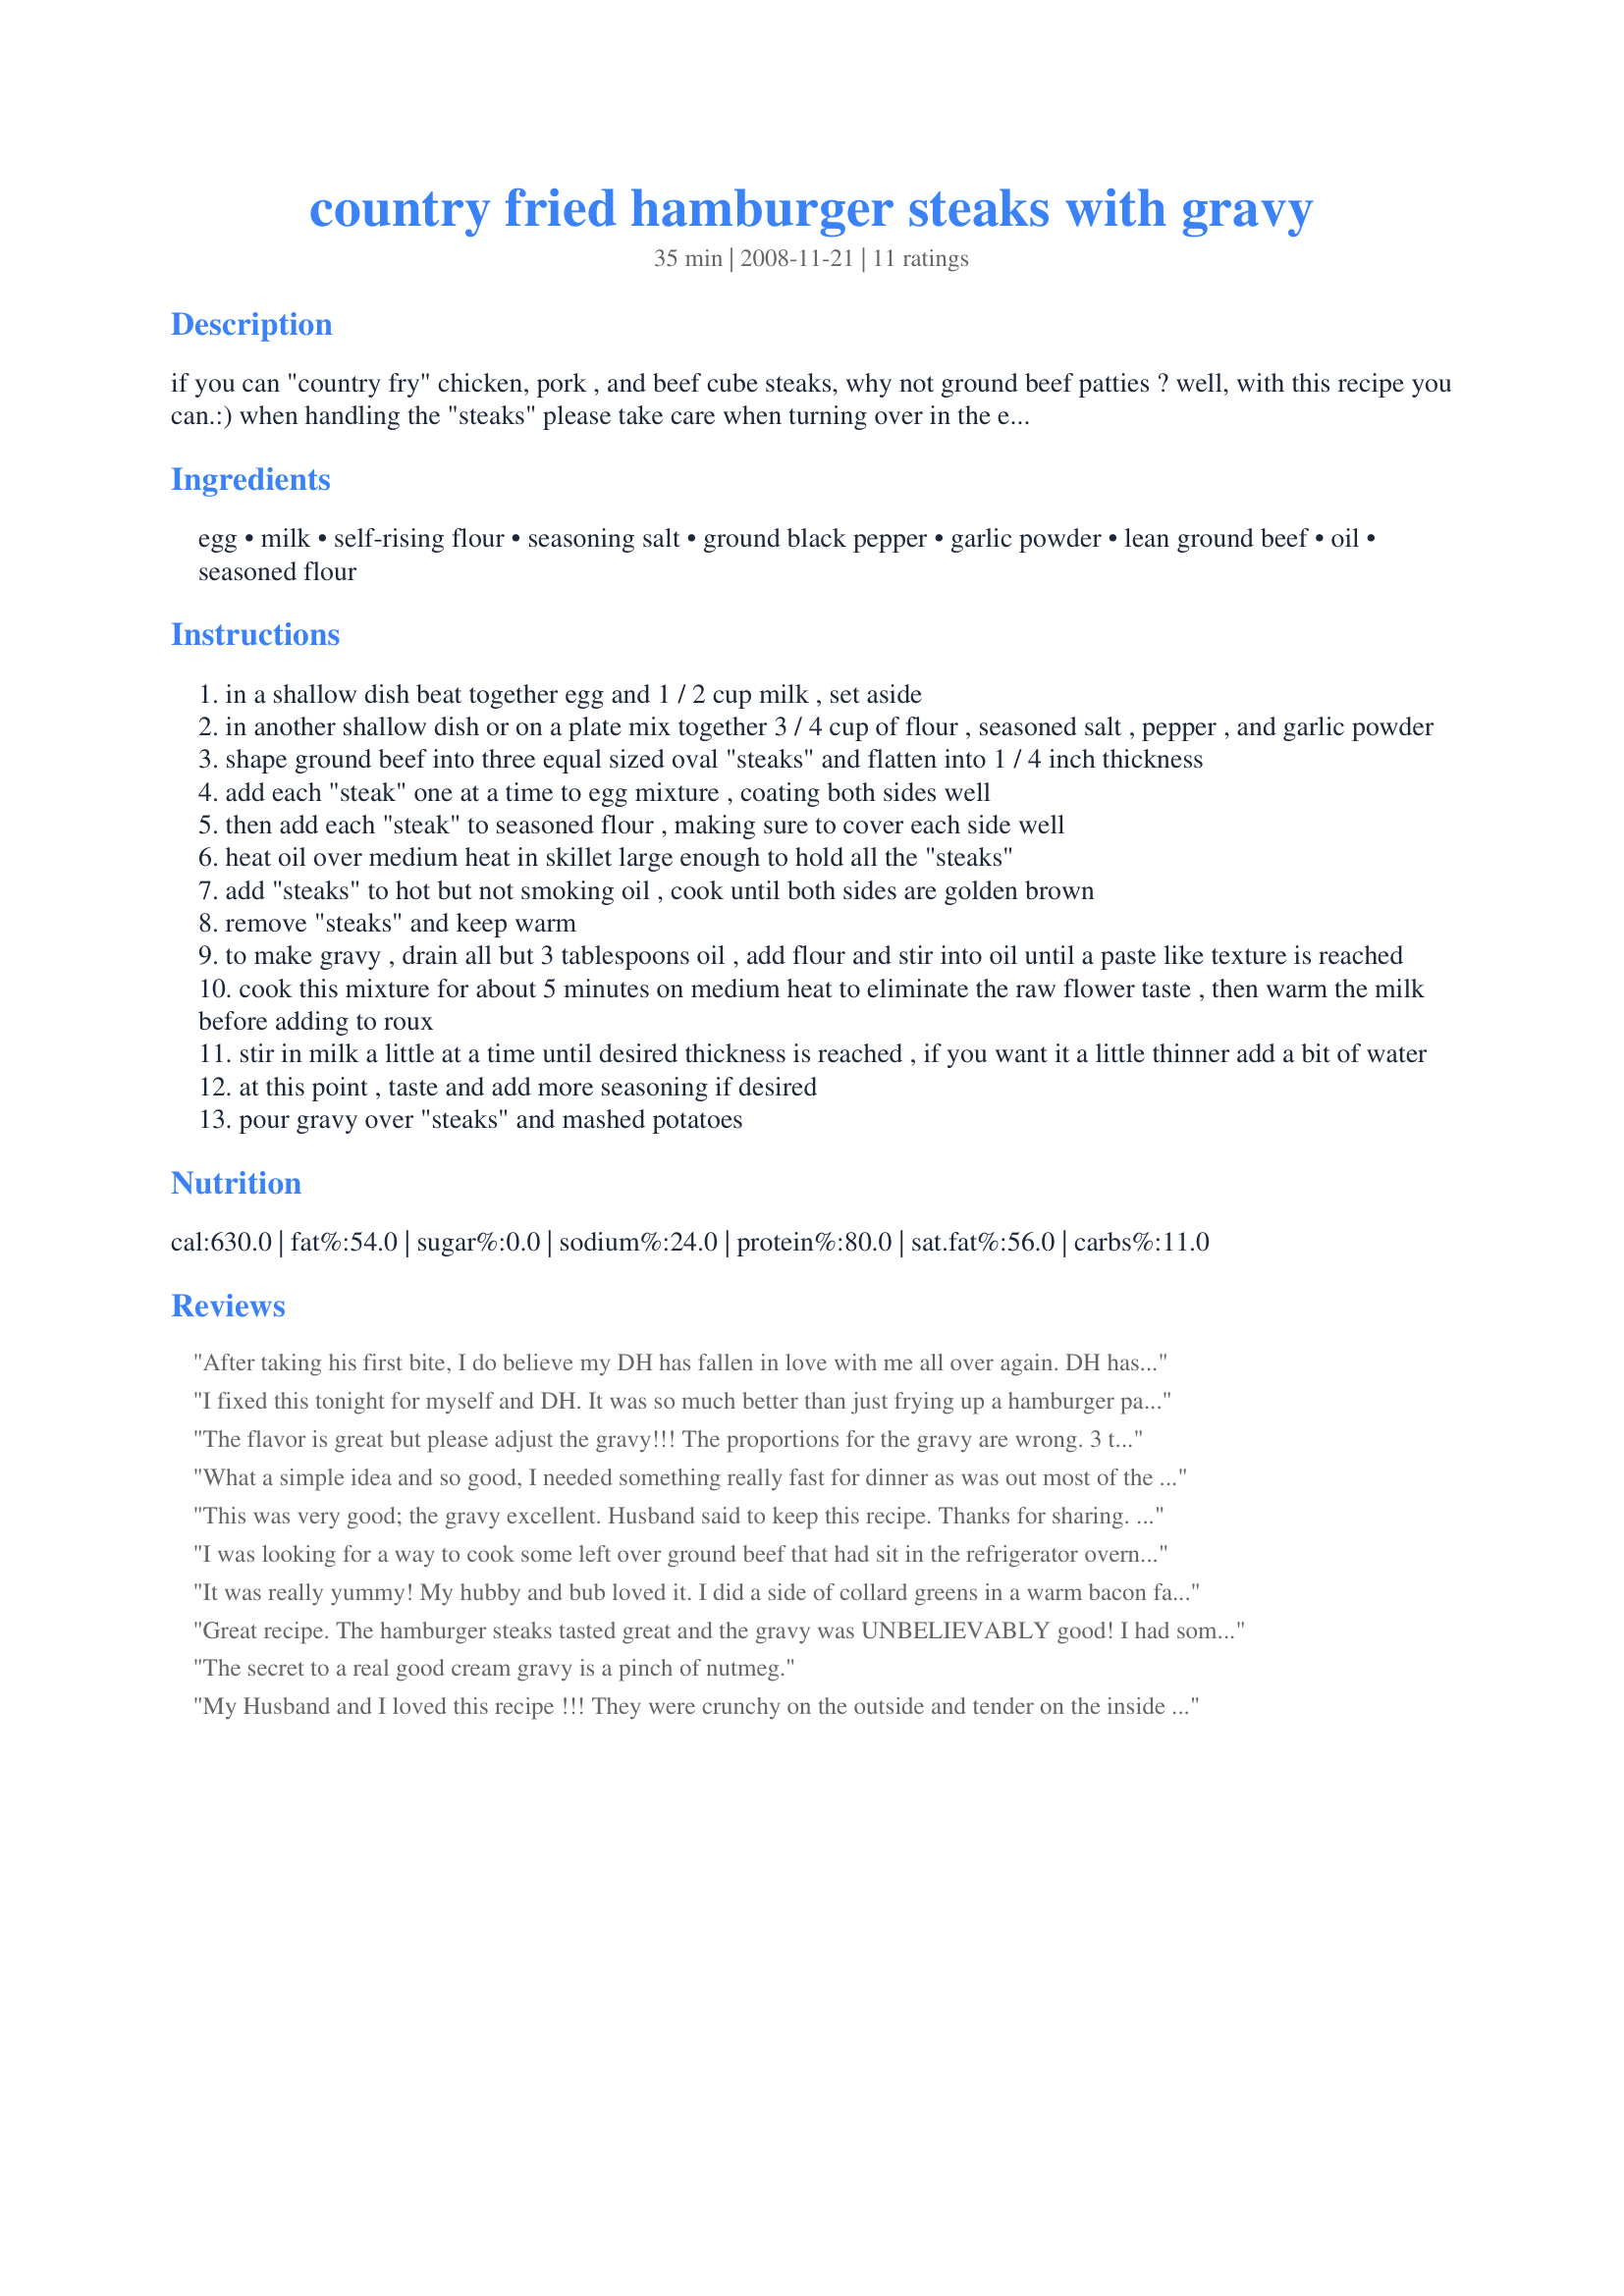
country fried hamburger steaks with gravy
Preparation time: 35 minutes

if you can "country fry" chicken, pork , and beef cube steaks, why not ground beef patties ? well, with this recipe you can.:) when handling the "steaks" please take care when turning over in the egg/milk mixture,because they might crumble.and the same goes for turning over in the seasoned flour.for easier handling of the "steaks" you may want to freeze them for about 1/2 an hour or until they are slightly firm.if desired please adjust seasonings according to your tastes.for a true comfort meal serve with your favorite mashed potato and green bean recipes.submitted to "zarr" on november 21st,2008

Ingredients:
egg, milk, self-rising flour, seasoning salt, ground black pepper, garlic powder, lean ground beef, oil, seasoned flour

Steps:
in a shallow dish beat together egg and 1 / 2 cup milk , set aside
in another shallow dish or on a plate mix together 3 / 4 cup of flour , seasoned salt , pepper , and garlic powder
shape ground beef into three equal sized oval "steaks" and flatten into 1 / 4 inch thickness
add each "steak" one at a time to egg mixture , coating both sides well
then add each "steak" to seasoned flour , making sure to cover each side well
heat oil over medium heat in skillet large enough to hold all the "steaks"
add "steaks" to hot but not smoking oil , cook until both sides are golden brown
remove "steaks" and keep warm
to make gravy , drain all but 3 tablespoons oil , add flour and stir into oil until a paste like texture is reached
cook this mixture for about 5 minutes on medium heat to eliminate the raw flower taste , then warm the milk before adding to roux
stir in milk a little at a time until desired thickness is reached , if you want it a little thinner add a bit of water
at this point , taste and add more seasoning if desired
pour gravy over "steaks" and mashed potatoes

Reviews:
After taking his first bite, I do believe my DH has fallen in love with me all over again. DH has been craving a good, ol' fashioned, stick to your ribs, fat laden meal. Well, this recipe did the trick, his craving has been satisfied. We both really enjoyed this recipe and will make it again. Thanks for posting!
I fixed this tonight for myself and DH. It was so much better than just frying up a hamburger patty. From now on this is the only way I will make Hamburger Steak!
The flavor is great but please adjust the gravy!!!

The proportions for the gravy are wrong. 3 tablespoons of oil and 3 tablespoons of flour thickens approx 2 1/2 cups of milk.... way more than needed here. scoop some of the roux out and add it back as needed. I used half the amount and still had to add extra milk. The roux can be cooked at a temperature high enough to brown the flour substantially (browned flour has lower thickening power), but that still is not enough.

Tip: make sure your &quot;steak&quot; is thin enough. Like hamburgers, they thicken as the edges shrink towards the center. If they get too thick, like my first effort, then they are not fully cooked in the center. I even made an indent in the center but it wasn&#039;t enough
What a simple idea and so good, I needed something really fast for dinner as was out most of the day and when I saw this thought "why not" and it was a hit, fried up some thick cut fries, a large glass of ice tea and dinner was ready, but not just the same old hamburger with gravy. It was a nice change, I did add a pinch of cayenne to the the breading for a little extra flavor, and he gravy was creamy and smooth.
This was very good; the gravy excellent. Husband said to keep this recipe. Thanks for sharing. Had it with whipped potatoes, stir fried zucchini, salad and garlic toast.
I was looking for a way to cook some left over ground beef that had sit in the refrigerator overnight. I turned this into a breakfast for dinner. Serving it on buttered wheat toast, topped with mash potatoes, the fried hamburger, over easy eggs, then topped with gravy. Absolutely unhealthy ,but, absolutely delicious.
It was really yummy! My hubby and bub loved it. I did a side of collard greens in a warm bacon fat vinegarete, with chopped dated and walnuts instead of green beans. Real taste of home for this southern girl!
Great recipe. The hamburger steaks tasted great and the gravy was UNBELIEVABLY good! I had some gravy left, so I refrigerated it and the next day, added a little milk, heated it in the micro and had it over biscuits. Delish! Best gravy EVER!
The secret to a real good cream gravy is a pinch of nutmeg.
My Husband and I loved this recipe !!! They were crunchy on the outside and tender on the inside just like a country fried steak. I served with country white gravy, green beans and mac and cheese. Delicious !! Thank you!!
This was really good. Instead of making burgers, I made little "steak fingers". The gravy was delicious and I ate the left over gravy on toast for breakfast. While I was frying, the breading kept sticking to the bottom. It didn't particularly matter, but I wish they would have had a little crispier outside. Overall, REALLY TASTY!! I am thinking about making it again right now.
